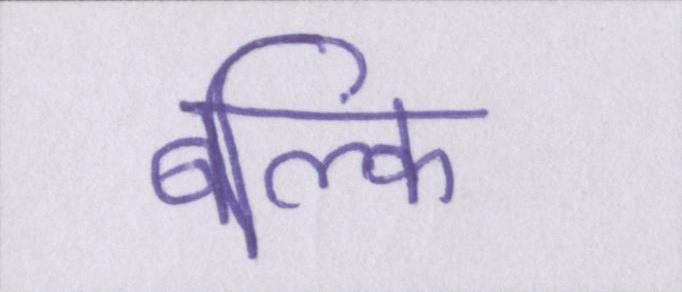
बल्कि